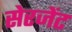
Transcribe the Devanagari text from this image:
सेरजेंट